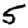
Digit: 5